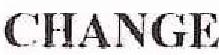
CHANGE